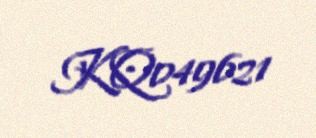
KQ049621